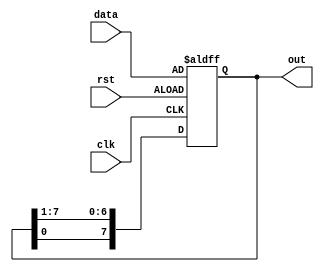
`timescale 1ns / 1ps
//////////////////////////////////////////////////////////////////////////////////
// Company: 
// Engineer: 
// 
// Design Name: 
// Module Name:    sinlge_bit_shift 
// Project Name: 
// Target Devices: 
// Tool versions: 
// Description: 
//
// Dependencies: 
//
// Revision: 
// Revision 0.01 - File Created
// Additional Comments: 
//
//////////////////////////////////////////////////////////////////////////////////
module single_bit_shift(
    input [7:0] data,
	 input clk,
    input rst,
    output reg [7:0] out
    );
	 always @(posedge clk or posedge rst) begin
		if(rst == 1) begin
			out[7:0] <= data[7:0];
		end
		else begin
			out <= {out[0] , out [7:1]};
		end
	 end
endmodule